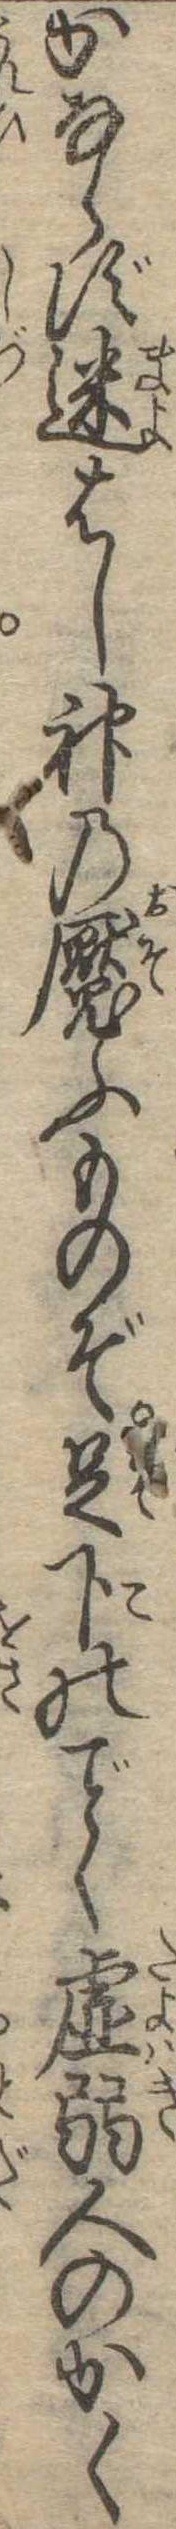
かならず迷はし神の魘ふものぞ足下のく虚弱人のかく